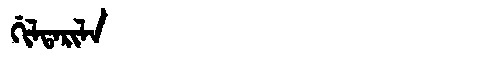
Manchu: ᡤᡳᠯᡨᠠᡵᡳᠯᠠ
Romanization: GILTARILA